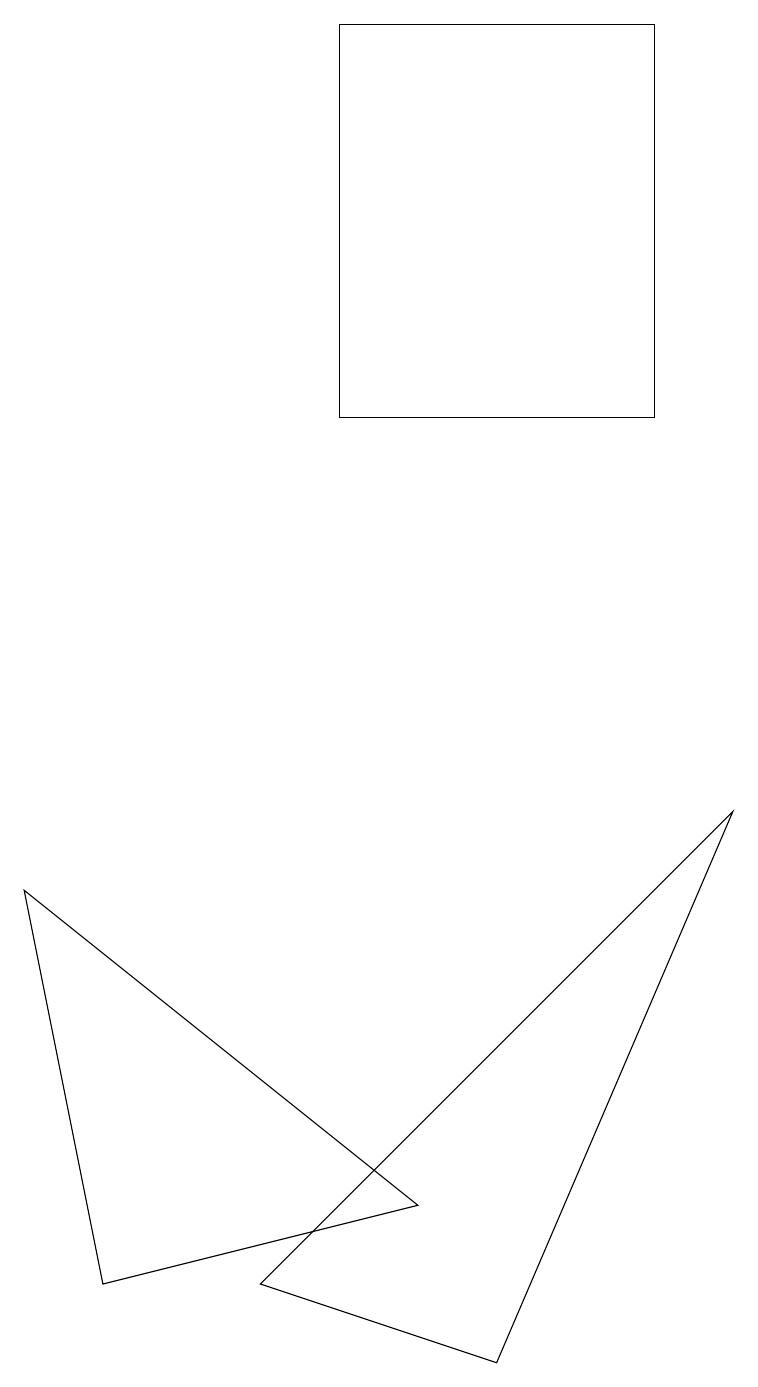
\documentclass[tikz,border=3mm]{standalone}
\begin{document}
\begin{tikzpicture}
\draw (5,4) -- (1,3) -- (0,8) -- cycle;
\draw (8,19) rectangle (4,14);
\draw (6,2) -- (3,3) -- (9,9) -- cycle;
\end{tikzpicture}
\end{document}